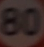
80